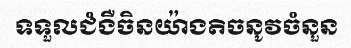
ទទួលជំងឺចិនយ៉ាងតិចនូវចំនួន